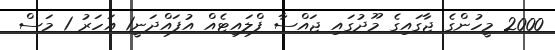
2000 މީހުންގެ ޖާގައިގެ މޫދުގައި ޖައްސާ ފްލައިޓެއް އުފައްދަނީ1 އަހަރު 1 މަސް